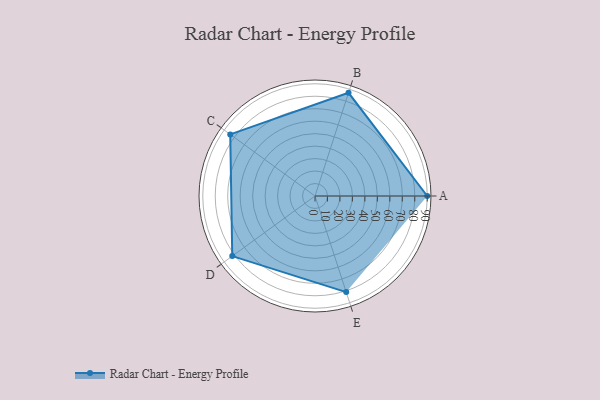
{"axis": {"x": "Skill", "y": "Score"}, "legend": ["Profile"], "data": [{"x": "A", "y": 90.0, "type": "Profile"}, {"x": "B", "y": 87.0, "type": "Profile"}, {"x": "C", "y": 84.0, "type": "Profile"}, {"x": "D", "y": 82.0, "type": "Profile"}, {"x": "E", "y": 81.0, "type": "Profile"}]}